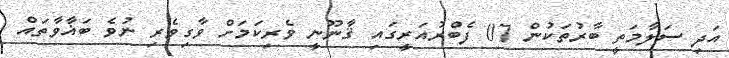
އަދި ސަލާމަތީ ބާރުތަކުން 07 ފެބްރުއަރީގައި ޤާނޫނީ ވެރިކަމަށް ވާގިވެރި ނުވެ ބަޣާވާތައް